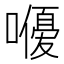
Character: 𭋨